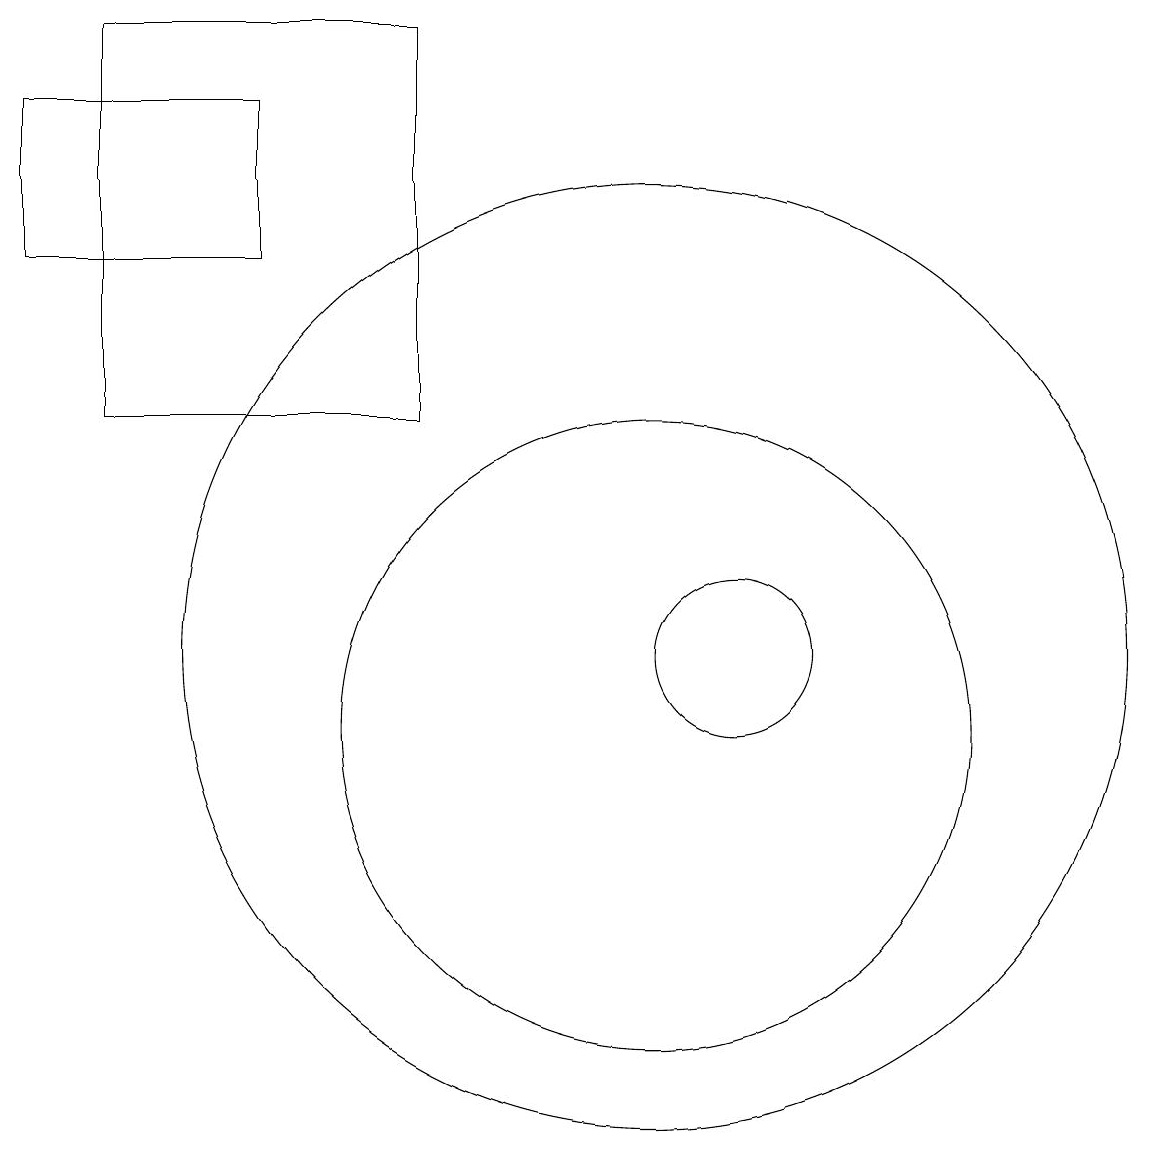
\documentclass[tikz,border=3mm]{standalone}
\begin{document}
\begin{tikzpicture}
\draw (7,19) rectangle (3,14);
\draw (11,11) circle (1);
\draw (2,16) rectangle (5,18);
\draw (10,10) circle (4);
\draw (10,11) circle (6);
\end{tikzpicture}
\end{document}